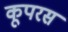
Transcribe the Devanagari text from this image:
कूपरस